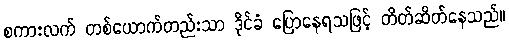
စကားလက် တစ်ယောက်တည်းသာ ဒိုင်ခံ ပြောနေရသဖြင့် တိတ်ဆိတ်နေသည်။